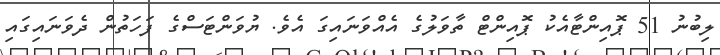
ލިބުނު 51 ޕޮއިންޓާއެކު ޕޮއިންޓް ތާވަލުގެ އެއްވަނައިގަ އެވެ. ޔުވަންޓަސްގެ ފަހަތުން ދެވަނައިގައި